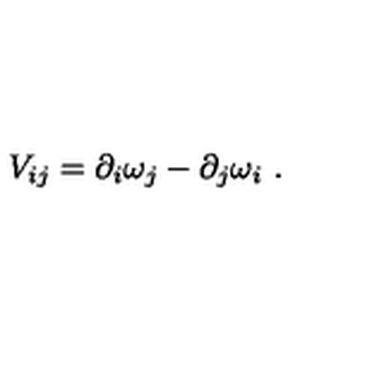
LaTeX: V _ { i j } = \partial _ { i } \omega _ { j } - \partial _ { j } \omega _ { i } \ .